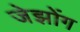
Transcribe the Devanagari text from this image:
जेझोंग